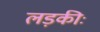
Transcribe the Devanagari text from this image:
लड़कीः